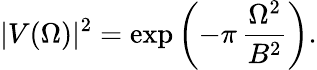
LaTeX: |V(\Omega)|^{2}=\exp\left(-\pi\, \frac{\Omega^{2}}{B^{2}}\right).